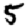
Digit: 5